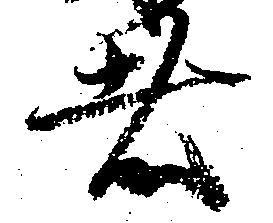
者